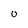
Character: O